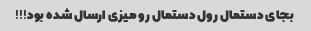
بجای دستمال رول دستمال رو میزی ارسال شده بود!!!